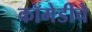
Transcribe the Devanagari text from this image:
कॉमेडीचे